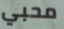
محبي